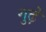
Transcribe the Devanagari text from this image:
गुढ़े